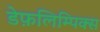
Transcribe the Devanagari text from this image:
डेफ़लिम्पिक्स